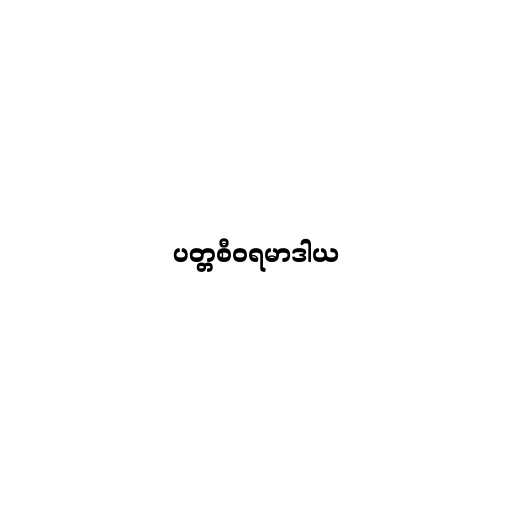
ပတ္တစီဝရမာဒါယ